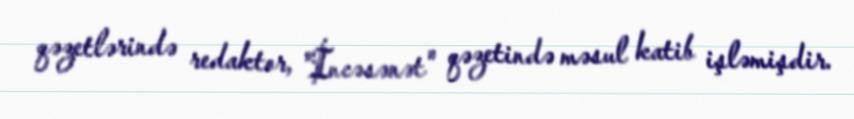
qəzetlərində redaktor, "İncəsənət" qəzetində məsul katib işləmişdir.